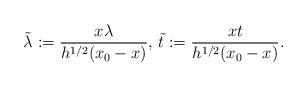
LaTeX: \begin{align*}\tilde{\lambda}:= \frac{x\lambda}{h^{1/2}(x_0-x)}, \, \tilde{t}:= \frac{xt}{h^{1/2}(x_0-x)}.\end{align*}